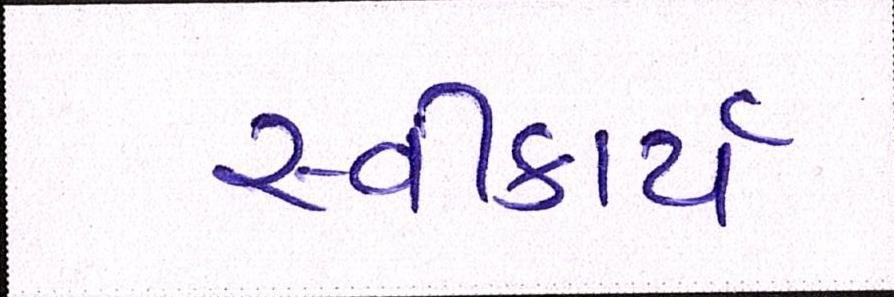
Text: સ્વીકાર્ય